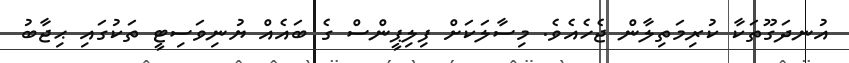
އުނދަގޫތަކާ ކުރިމަތިލާން ޖެހެއެވެ. މިސާލަކަށް ފިލިޕީންސް ގެ ބައެއް ޔުނިވަސިޓީ ތަކުގައި ޙިޖާބު